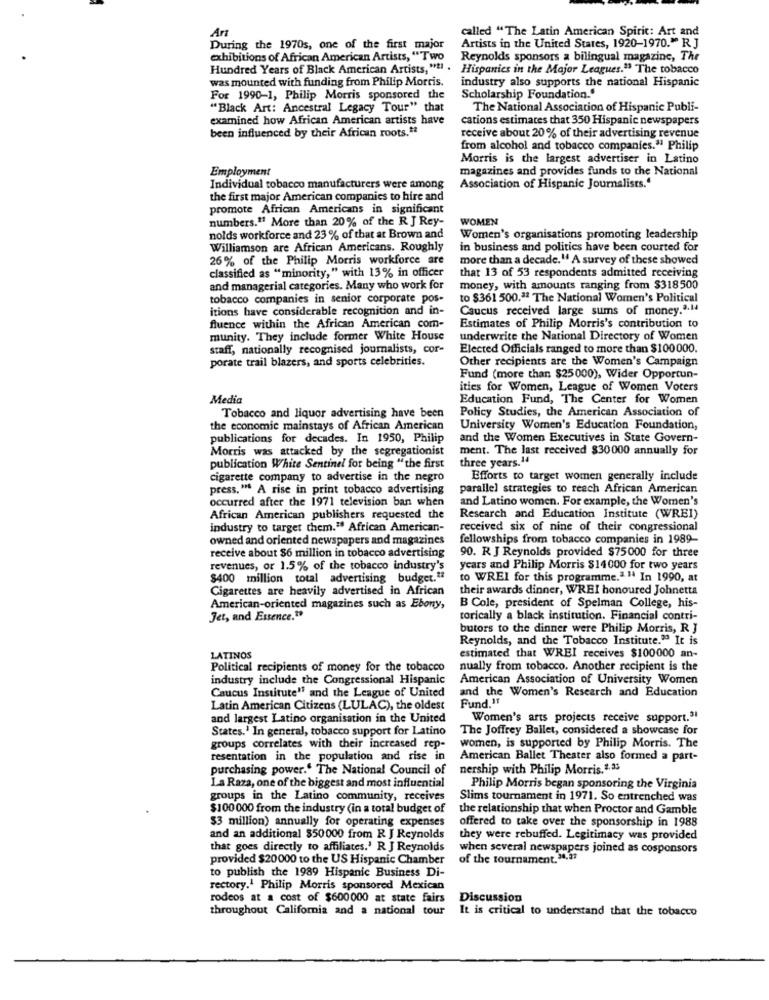
called "The Latin American Spirit: Art and
Art
During the 1970s, one of the first major
Artists in the United States, 1920-1970." RJ
exhibitions of African American Artists, "Two
Reynolds sponsors a bilingual magazine, The
Hundred Years of Black American Artists, "El .
Hispanics in the Major Leagues." The tobacco
was mounted with funding from Philip Morris.
industry also supports the national Hispanic
For 1990-1, Philip Morris sponsored the
Scholarship Foundation."
"Black Art: Ancestral Legacy Tour" that
The National Association of Hispanic Publi-
examined how African American artists have
cations estimates that 350 Hispanic newspapers
been influenced by their African roots.#
receive about 20% of their advertising revenue
from alcohol and tobacco companies." Philip
Morris is the largest advertiser in Latino
Employment
magazines and provides funds to the National
Individual tobacco manufacturers were among
Association of Hispanic Journalists."
the first major American companies to hire and
promote African Americans in significant
numbers." More than 20% of the R J Rey-
WOMEN
nolds workforce and 23 % of that at Brown and
Women's organisations promoting leadership
Williamson are African Americans. Roughly
in business and politics have been courted for
26% of the Philip Morris workforce are
more than a decade." A survey of these showed
classified as "minority," with 13% in officer
that 13 of 53 respondents admitted receiving
and managerial categories. Many who work for
money, with amounts ranging from $318500
tobacco companies in senior corporate pos-
to $361 500.ªª The National Women's Political
itions have considerable recognition and in-
Caucus received large sums of money.".14
fluence within the African American com-
Estimates of Philip Morris's contribution to
munity. They include former White House
underwrite the National Directory of Women
staff, nationally recognised journalists, cor-
Elected Officials ranged to more than $100000.
porate trail blazers, and sports celebrities.
Other recipients are the Women's Campaign
Fund (more than $25000), Wider Opportun-
ities for Women, League of Women Voters
Media
Education Fund, The Center for Women
Policy Studies, the American Association of
Tobacco and liquor advertising have been
the economic mainstays of African American
University Women's Education Foundation,
publications for decades. In 1950, Philip
and the Women Executives in State Govern-
Morris was attacked by the segregationist
ment. The last received $30000 annually for
three years.14
publication White Sentinel for being " the first
cigarette company to advertise in the negro
Efforts to target women generally include
press," A rise in print tobacco advertising
parallel strategies to reach African American
occurred after the 1971 television ban when
and Latino women. For example, the Women's
African American publishers requested the
Research and Education Institute (WREI)
industry to target them." African American-
received six of nine of their congressional
owned and oriented newspapers and magazines
fellowships from tobacco companies in 1989-
90. R J Reynolds provided $75000 for three
receive about $6 million in tobacco advertising
revenues, or 1.5% of the tobacco industry's
years and Philip Morris $14000 for two years
$400 million total advertising budget.#
to WREI for this programme." " In 1990, at
Cigarettes are heavily advertised in African
their awards dinner, WREI honoured Johnetta
American-oriented magazines such as Ebony,
B Cole, president of Spelman College, his-
Jet, and Essence."
torically a black institution. Financial contri-
butors to the dinner were Philip Morris, R J
Reynolds, and the Tobacco Institute." It is
LATINOS
estimated that WREI receives $100000 an-
Political recipients of money for the tobacco
nually from tobacco. Another recipient is the
industry include the Congressional Hispanic
American Association of University Women
Caucus Institute" and the League of United
and the Women's Research and Education
Latin American Citizens (LULAC), the oldest
Fund."
and largest Latino organisation in the United
Women's arts projects receive support.3
States.' In general, tobacco support for Latino
The Joffrey Ballet, considered a showcase for
groups correlates with their increased rep-
women, is supported by Philip Morris. The
resentation in the population and rise in
American Ballet Theater also formed a part-
purchasing power.' The National Council of
nership with Philip Morris, 1.35
La Raza, one of the biggest and most influential
Philip Morris began sponsoring the Virginia
groups in the Latino community, receives
Slims tournament in 1971. So entrenched was
$100 000 from the industry (in a total budget of
the relationship that when Proctor and Gamble
$3 million) annually for operating expenses
offered to take over the sponsorship in 1988
and an additional $50000 from R J Reynolds
they were rebuffed. Legitimacy was provided
that goes directly to affiliates.' R J Reynolds
when several newspapers joined as cosponsors
provided $20000 to the US Hispanic Chamber
of the tournament. 38,31
to publish the 1989 Hispanic Business Di-
rectory.1 Philip Morris sponsored Mexican
rodeos at a cost of $600000 at state fairs
Discussion
throughout California and a national tour
It is critical to understand that the tobacco